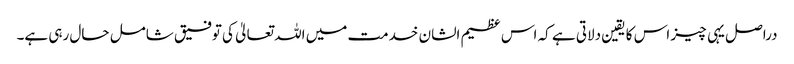
دراصل یہی چیز اس کا یقین دلاتی ہے کہ اس عظیم الشان خدمت میں اللہ تعالیٰ کی توفیق شامل حال رہی ہے۔